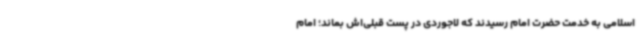
اسلامی به خدمت حضرت امام رسیدند که لاجوردی در پست قبلی‌اش بماند؛ امام